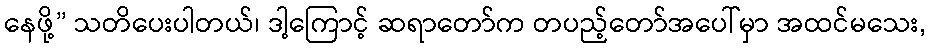
နေဖို့” သတိပေးပါတယ်၊ ဒါ့ကြောင့် ဆရာတော်က တပည့်တော်အပေါ်မှာ အထင်မသေး,